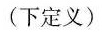
(下定义)